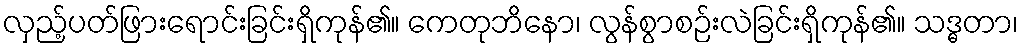
လှည့်ပတ်ဖြားရောင်းခြင်းရှိကုန်၏။ ကေတုဘိနော၊ လွန်စွာစဉ်းလဲခြင်းရှိကုန်၏။ သဒ္ဓတာ၊